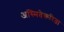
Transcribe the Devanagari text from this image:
अस्मितेकरिता